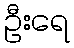
ဦးရေ